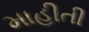
માહીતી